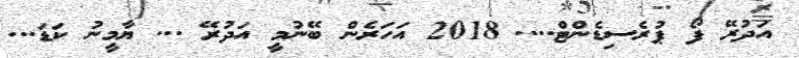
އަދުރޭ ފޯ ޕުރެސިޑެންޓް.... 2018 އަހަރެން ބޭނުމީ އަދުރޭ ... ޔާމީނު ކަޑަ...